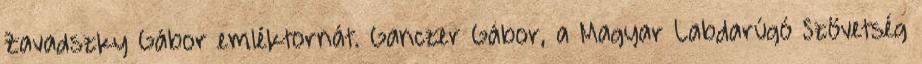
Zavadszky Gábor emléktornát. Ganczer Gábor, a Magyar Labdarúgó Szövetség